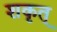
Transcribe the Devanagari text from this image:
शकृत्